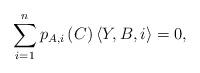
LaTeX: \begin{align*}\sum_{i=1}^{n}p_{A,i}\left(C\right)\left\langle Y,B,i\right\rangle =0,\end{align*}